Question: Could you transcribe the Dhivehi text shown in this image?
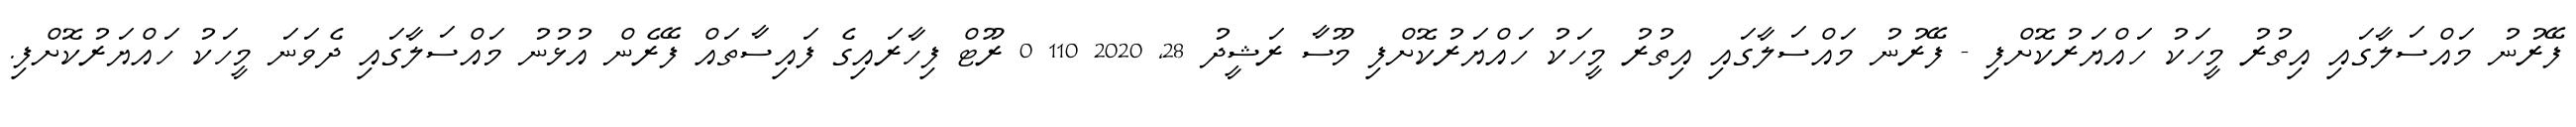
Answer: ފޭރުނު މައްސަލާގައި އިތުރު މީހަކު ހައްޔަރުކޮށްފި - ފޭރުނު މައްސަލާގައި އިތުރު މީހަކު ހައްޔަރުކޮށްފި މޫސާ ރަޝީދު 28, 2020 110 0 ރޫޓް ފިހާރައިގެ ފައިސާތައް ފޭރެން އުޅުނު މައްސަލާގައި ދެވަނަ މީހަކު ހައްޔަރުކޮށްފި.